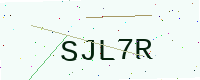
Text: SJL7R